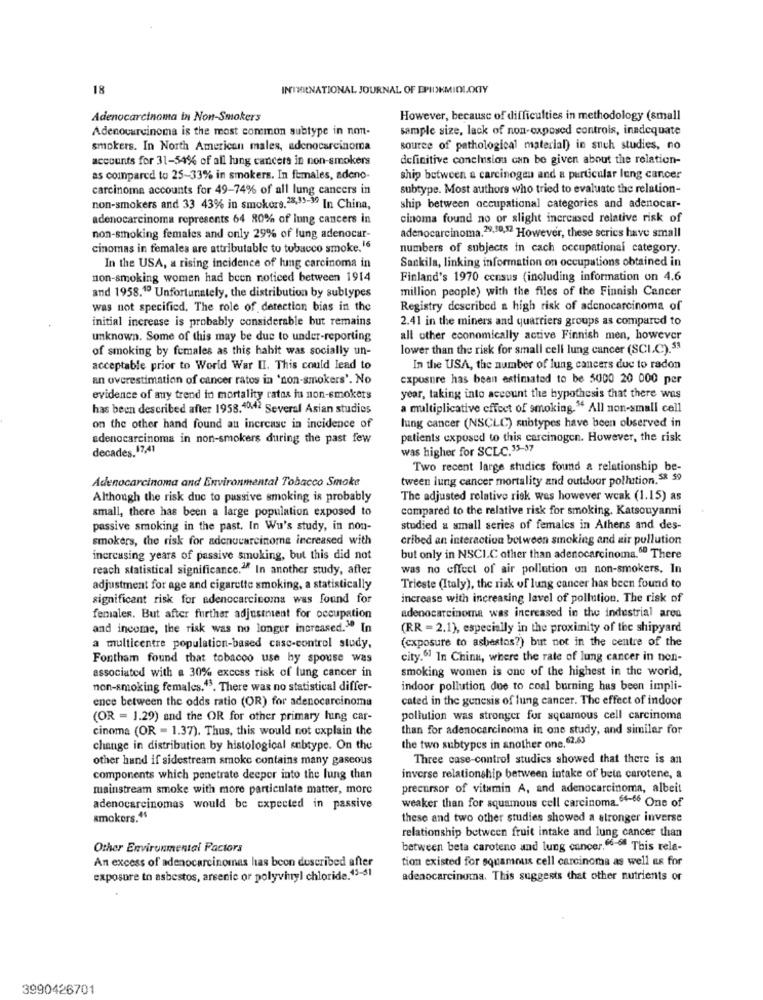
18
INTHENATIONAL JOURNAL OF EPIDEMIOLOGY
Adenocarcinoma in Non-Smokers
However, because of difficulties in methodology (small
Adenocarcinoma is the most common subtype in non-
sample size, lack of non-exposed controls, inadequate
smokers. In North American males, adenocarcinoma
source of pathological material) in such studies, no
accounts for 31-54% of all lung cancers in non-smokers
definitive conclusion can be given about the relation-
as compared to 25-33% in smokers. In females, adeno-
ship between a carcinogen and a particular lung cancer
carcinoma accounts for 49-74% of all lung cancers in
subtype. Most authors who tried to evaluate the relation-
non-smokers and 33 43% in smokerg.28,35-39 In China,
ship between occupational categories and adenocar-
adenocarcinoma represents 64 80% of lung cancers in
cinoma found no or slight increased relative risk of
non-smoking females and only 29% of fung adenocar-
adenocarcinoma.28,50,52 However, these series have small
cinomas in females are attributable to tobacco smoke.16
numbers of subjects in cach occupational category.
Sankila, linking information on occupations obtained in
In the USA, a rising incidence of lung carcinoma in
non-smoking women had been noticed between 1914
Finland's 1970 census (including information on 4.6
million people) with the files of the Finnish Cancer
and 1958.1º Unfortunately, the distribution by subtypes
was not specified. The role of detection bias in the
Registry described a high risk of adenocarcinoma of
initial increase is probably considerable but remains
2.41 in the miners and quartiers groups as compared to
unknown. Some of this may be due to under-reporting
all other economically active Finnish men, however
of smoking by females as this habit was socially un-
lower than the risk for small cell lung cancer (SCIC).53
acceptable prior to World War II. This could lead to
In the USA, the number of lung cancers due to radon
an overestimation of cancer ratos in 'non-smokers'. No
exposure has bean estimated to be 5000 20 000 per
evidence of auy trend in mortality rates iu non-smokers
year, taking into account the hypothesis that there was
has been described after 1958.4042 Several Asian studies
a multiplicative effect of smoking." All non-small cell
lung cancer (NSCLC) subtypes have been observed in
on the other hand found an increase in incidence of
adenocarcinoma in non-smokers during the past few
patients exposed to this carcinogen. However, the risk
decades. 17,41
was higher for SCLC.15-37
Two recent large studies found a relationship be-
Adenocarcinoma and Environmental Tobacco Smoke
tween lung cancer mortality and outdoor pollution.$3 59
Although the risk due to passive smoking is probably
The adjusted relative risk was however weak (1.15) as
small, there has been a large population exposed to
compared to the relative risk for smoking. Katsouyani
passive smoking in the past. In Wu's study, in non-
studied a small series of females in Athens and des-
smokers, the risk for adenocarcinoma increased with
cribed an interaction between smoking and air pollution
increasing years of passive smoking, but this did not
but only in NSCLC other than adenocarcinoma.ºº There
reach statistical significance." In another study, after
was no effect of air pollution on non-smokers. In
adjustment for age and cigarette smoking, a statistically
Trieste (Italy), the risk of lung cancer has been found to
significant risk for adenocarcinoma was found for
increase with increasing level of pollution. The risk of
females. But after further adjustment for occupation
adenocarcinoma was increased in the industrial area
and income, the risk was no longer increased." In
(RR = 2.1), especially in the proximity of the shipyard
(exposure to asbestos?) but not in the centre of the
a multicentre population-based caso-control study,
Fontham found that tobacco use by spouse was
city.6] In China, where the rate of lung cancer in non-
associated with a 30% excess risk of lung cancer in
smoking women is one of the highest in the world,
non-smoking females.43. There was no statistical differ-
indoor pollution due to coal burning has been impli-
ence between the odds ratio (OR) for adenocarcinoma
cated in the genesis of lung cancer. The effect of indoor
(OR = 1.29) and the OR for other primary lung car-
pollution was stronger for squamous cell carcinoma
cinoma (OR - 1.37). Thus, this would not explain the
than for adenocarcinoma in one study, and similar for
change in distribution by histological subtype. On the
the two subtypes in another one, 62.63
other hand if sidestream smoke contains many gaseous
Three case-control studies showed that there is an
components which penetrate deeper into the lung than
inverse relationship between intake of beta carotene, a
mainstream smoke with more particulate matter, more
precursor of vitamin A, and adenocarcinoma, albeit
weaker than for squamous cell carcinoma. 64-66 One of
adenocarcinomas would be expected in passive
smokers."
these and two other studies showed a stronger inverse
relationship between fruit intake and lung cancer than
Other Environmental Factors
between beta caroteno and lung cancer. 66- This rela-
An excess of adenocarcinomas has been described after
tion existed for squamous cell carcinoma as well as for
exposure to asbestos, arsenic or polyvinyl chloride.13-51
adenocarcinoma. This suggests that other nutrients or
3990426701